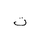
Letter: _ta